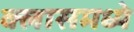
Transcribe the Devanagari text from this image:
क्लासमध्ये